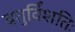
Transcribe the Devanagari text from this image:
चतुर्विंशतिः